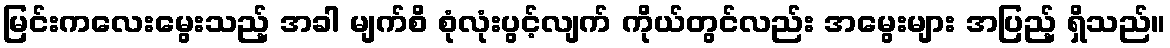
မြင်းကလေးမွေးသည့် အခါ မျက်စိ စုံလုံးပွင့်လျက် ကိုယ်တွင်လည်း အမွေးများ အပြည့် ရှိသည်။